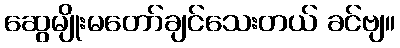
ဆွေမျိုးမတော်ချင်သေးတယ် ခင်ဗျ။